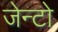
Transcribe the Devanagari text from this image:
जेन्टो